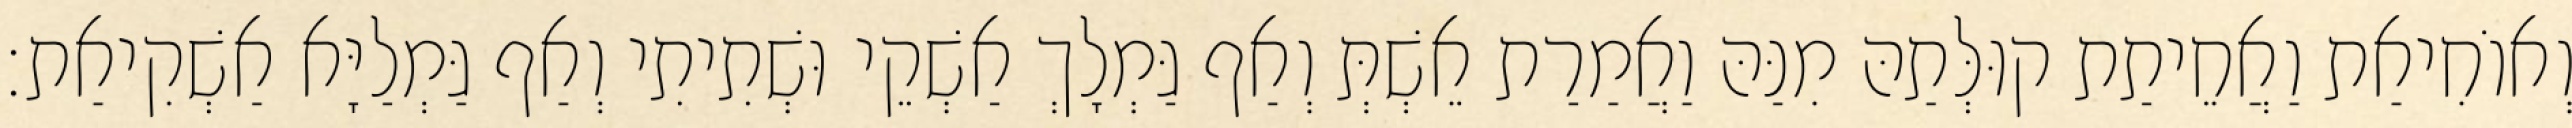
וְאוֹחִיאַת וַאֲחֵיתַת קוּלְּתַהּ מִנַּהּ וַאֲמַרַת אֵשְׁתְּ וְאַף גַּמְלָךְ אַשְׁקֵי וּשְׁתִיתִי וְאַף גַּמְלַיָּא אַשְׁקִיאַת׃